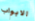
الابواب